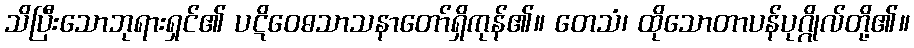
သိပြီးသောဘုရားရှင်၏ ပဋိဝေဓသာသနာတော်ရှိကုန်၏။ တေသံ၊ ထိုသောတာပန်ပုဂ္ဂိုလ်တို့၏။